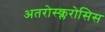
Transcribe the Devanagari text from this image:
अतरोस्क्लरोसिस